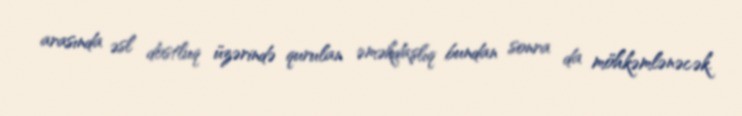
arasında əsl dostluq üzərində qurulan əməkdaşlıq bundan sonra da möhkəmlənəcək.